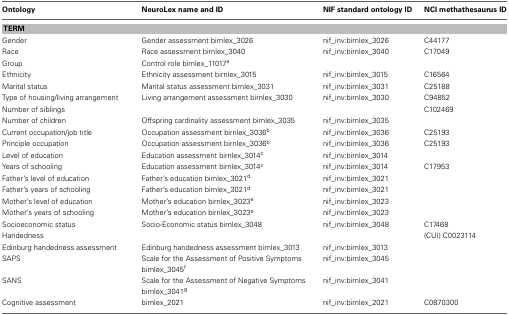
<table><thead><tr><td><b>Ontology</b></td><td><b>NeuroLex name and ID</b></td><td><b>NIF standard ontology ID</b></td><td><b>NCI methathesaurus ID</b></td></tr></thead><tbody><tr><td colspan="4"><b>TERM</b></td></tr><tr><td>Gender</td><td>Gender assessment birnlex_3026</td><td>nif_inv:birnlex_3026</td><td>C44177</td></tr><tr><td>Race</td><td>Race assessment birnlex_3040</td><td>nif_inv:birnlex_3040</td><td>C17049</td></tr><tr><td>Group</td><td>Control role birnlex_11017<sup>a</sup></td><td></td><td></td></tr><tr><td>Ethnicity</td><td>Ethnicity assessment birnlex_3015</td><td>nif_inv:birnlex_3015</td><td>C16564</td></tr><tr><td>Marital status</td><td>Marital status assessment birnlex_3031</td><td>nif_inv:birnlex_3031</td><td>C25188</td></tr><tr><td>Type of housing/living arrangement</td><td>Living arrangement assessment birnlex_3030</td><td>nif_inv:birnlex_3030</td><td>C94852</td></tr><tr><td>Number of siblings</td><td></td><td></td><td>C102469</td></tr><tr><td>Number of children</td><td>Offspring cardinality assessment birnlex_3035</td><td>nif_inv:birnlex_3035</td><td></td></tr><tr><td>Current occupation/job title</td><td>Occupation assessment birnlex_3036<sup>b</sup></td><td>nif_inv:birnlex_3036</td><td>C25193</td></tr><tr><td>Principle occupation</td><td>Occupation assessment birnlex_3036<sup>b</sup></td><td>nif_inv:birnlex_3036</td><td>C25193</td></tr><tr><td>Level of education</td><td>Education assessment birnlex_3014<sup>c</sup></td><td>nif_inv:birnlex_3014</td><td></td></tr><tr><td>Years of schooling</td><td>Education assessment birnlex_3014<sup>c</sup></td><td>nif_inv:birnlex_3014</td><td>C17953</td></tr><tr><td>Father&#x27;s level of education</td><td>Father&#x27;s education birnlex_3021<sup>d</sup></td><td>nif_inv:birnlex_3021</td><td></td></tr><tr><td>Father&#x27;s years of schooling</td><td>Father&#x27;s education birnlex_3021<sup>d</sup></td><td>nif_inv:birnlex_3021</td><td></td></tr><tr><td>Mother&#x27;s level of education</td><td>Mother&#x27;s education birnlex_3023<sup>e</sup></td><td>nif_inv:birnlex_3023</td><td></td></tr><tr><td>Mother&#x27;s years of schooling</td><td>Mother&#x27;s education birnlex_3023<sup>e</sup></td><td>nif_inv:birnlex_3023</td><td></td></tr><tr><td>Socioeconomic status</td><td>Socio-Economic status birnlex_3048</td><td>nif_inv:birnlex_3048</td><td>C17468</td></tr><tr><td>Handedness</td><td></td><td></td><td>(CUI) C0023114</td></tr><tr><td>Edinburg handedness assessment</td><td>Edinburg handedness assessment birnlex_3013</td><td>nif_inv:birnlex_3013</td><td></td></tr><tr><td>SAPS</td><td>Scale for the Assessment of Positive Symptoms birnlex_3045<sup>f</sup></td><td>nif_inv:birnlex_3045</td><td></td></tr><tr><td>SANS</td><td>Scale for the Assessment of Negative Symptoms birnlex_3041<sup>g</sup></td><td>nif_inv:birnlex_3041</td><td></td></tr><tr><td>Cognitive assessment</td><td>birnlex_2021</td><td>nif_inv:birnlex_2021</td><td>C0870300</td></tr></tbody></table>